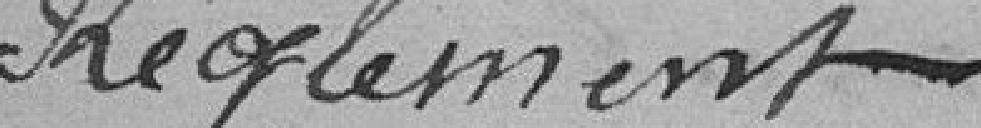
Règlement